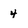
Character: 4